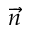
\protect \overrightarrow { n }